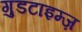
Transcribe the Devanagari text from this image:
गुडटाइम्ज़